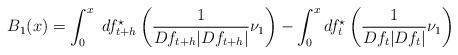
LaTeX: \begin{align*}B_1(x)&= \int_{0}^{x} \ df_{t+h}^\star\left( \frac{1}{Df_{t+h} |Df_{t+h}|} \nu_1 \right) - \int_{0}^{x} df_{t}^\star\left( \frac{1}{Df_{t} |Df_{t}|} \nu_1 \right) \end{align*}